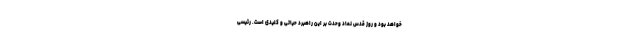
خواهد بود و روز قدس نماد وحدت بر این راهبرد حیاتی و کلیدی است. رئیسی